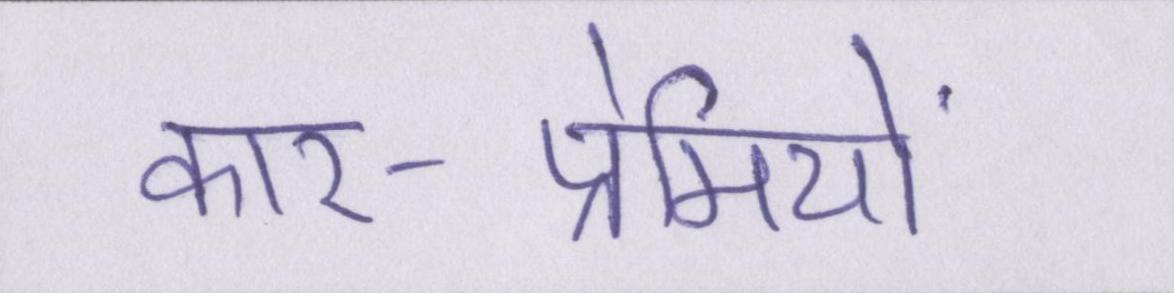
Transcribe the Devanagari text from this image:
कार-प्रेमियों